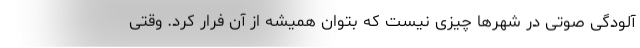
آلودگی صوتی در شهرها چیزی نیست که بتوان همیشه از آن فرار کرد. وقتی